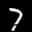
Label: 7